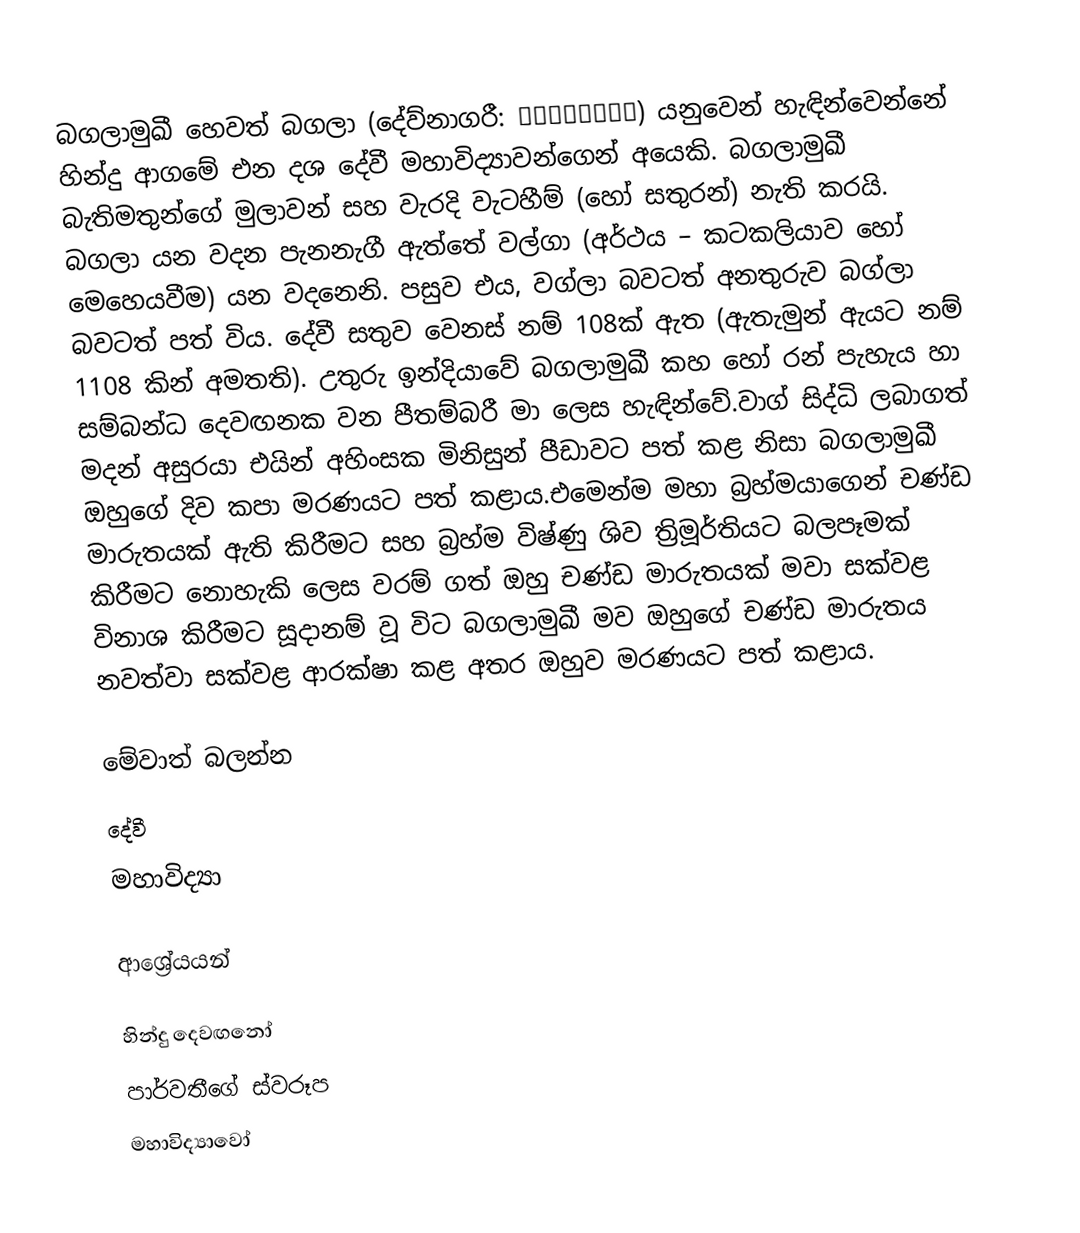
බගලාමුඛී හෙවත් බගලා (දේව්නාගරී: बगलामुखी) යනුවෙන් හැඳින්වෙන්නේ හින්දු ආගමේ එන දශ දේවී මහාවිද්‍යාවන්ගෙන් අයෙකි. බගලාමුඛී බැතිමතුන්ගේ මුලාවන් සහ වැරදි වැටහීම් (හෝ සතුරන්) නැති කරයි. බගලා යන වදන පැනනැගී ඇත්තේ වල්ගා (අර්ථය – කටකලියාව හෝ මෙහෙයවීම) යන වදනෙනි. පසුව එය, වග්ලා බවටත් අනතුරුව බග්ලා බවටත් පත් විය. දේවී සතුව වෙනස් නම් 108ක් ඇත (ඇතැමුන් ඇයට නම් 1108  කින් අමතති). උතුරු ඉන්දියාවේ බගලාමුඛී කහ හෝ රන් පැහැය හා සම්බන්ධ දෙවඟනක වන පීතම්බරී මා ලෙස හැඳින්වේ.වාග් සිද්ධි ලබාගත්  මදන් අසුරයා එයින් අහිංසක මිනිසුන් පීඩාවට පත් කළ නිසා බගලාමුඛී ඔහුගේ දිව කපා මරණයට පත් කළාය.එමෙන්ම මහා බ්‍රහ්මයාගෙන් චණ්ඩ මාරුතයක් ඇති කිරීමට සහ බ්‍රහ්ම විෂ්ණු ශිව ත්‍රිමූර්තියට බලපෑමක් කිරීමට නොහැකි ලෙස වරම් ගත් ඔහු චණ්ඩ මාරුතයක් මවා සක්වළ විනාශ කිරීමට සූදානම් වූ විට බගලාමුඛී මව ඔහුගේ චණ්ඩ මාරුතය නවත්වා සක්වළ ආරක්ෂා කළ අතර ඔහුව මරණයට පත් කළාය.

මේවාත් බලන්න
දේවී
මහාවිද්‍යා

ආශ්‍රේයයන්

හින්දු දෙවඟනෝ
පාර්වතීගේ ස්වරූප
මහාවිද්‍යාවෝ